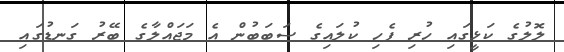
ލޮލުގެ ކަޅީގައި ހުރި ފެހި ކުލައިގެ ސަބަބުން އެ މަޖައްލާގެ ބޭރު ގަނޑުގައި